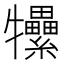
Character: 𤜖